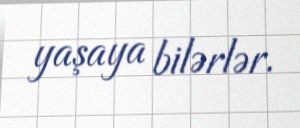
yaşaya bilərlər.